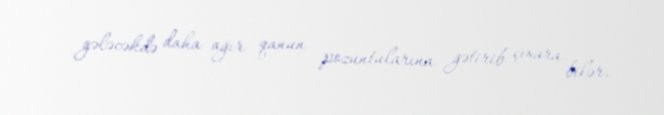
gələcəkdə daha ağır qanun pozuntularına gətirib çıxara bilər.